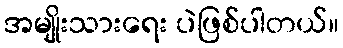
အမျိုးသားရေး ပဲဖြစ်ပါတယ်။